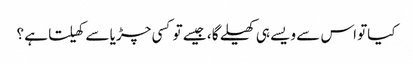
کیاتو اس سے ویسے ہی کھیلے گا ، جیسے تو کسی چڑیا سے کھیلتا ہے ؟